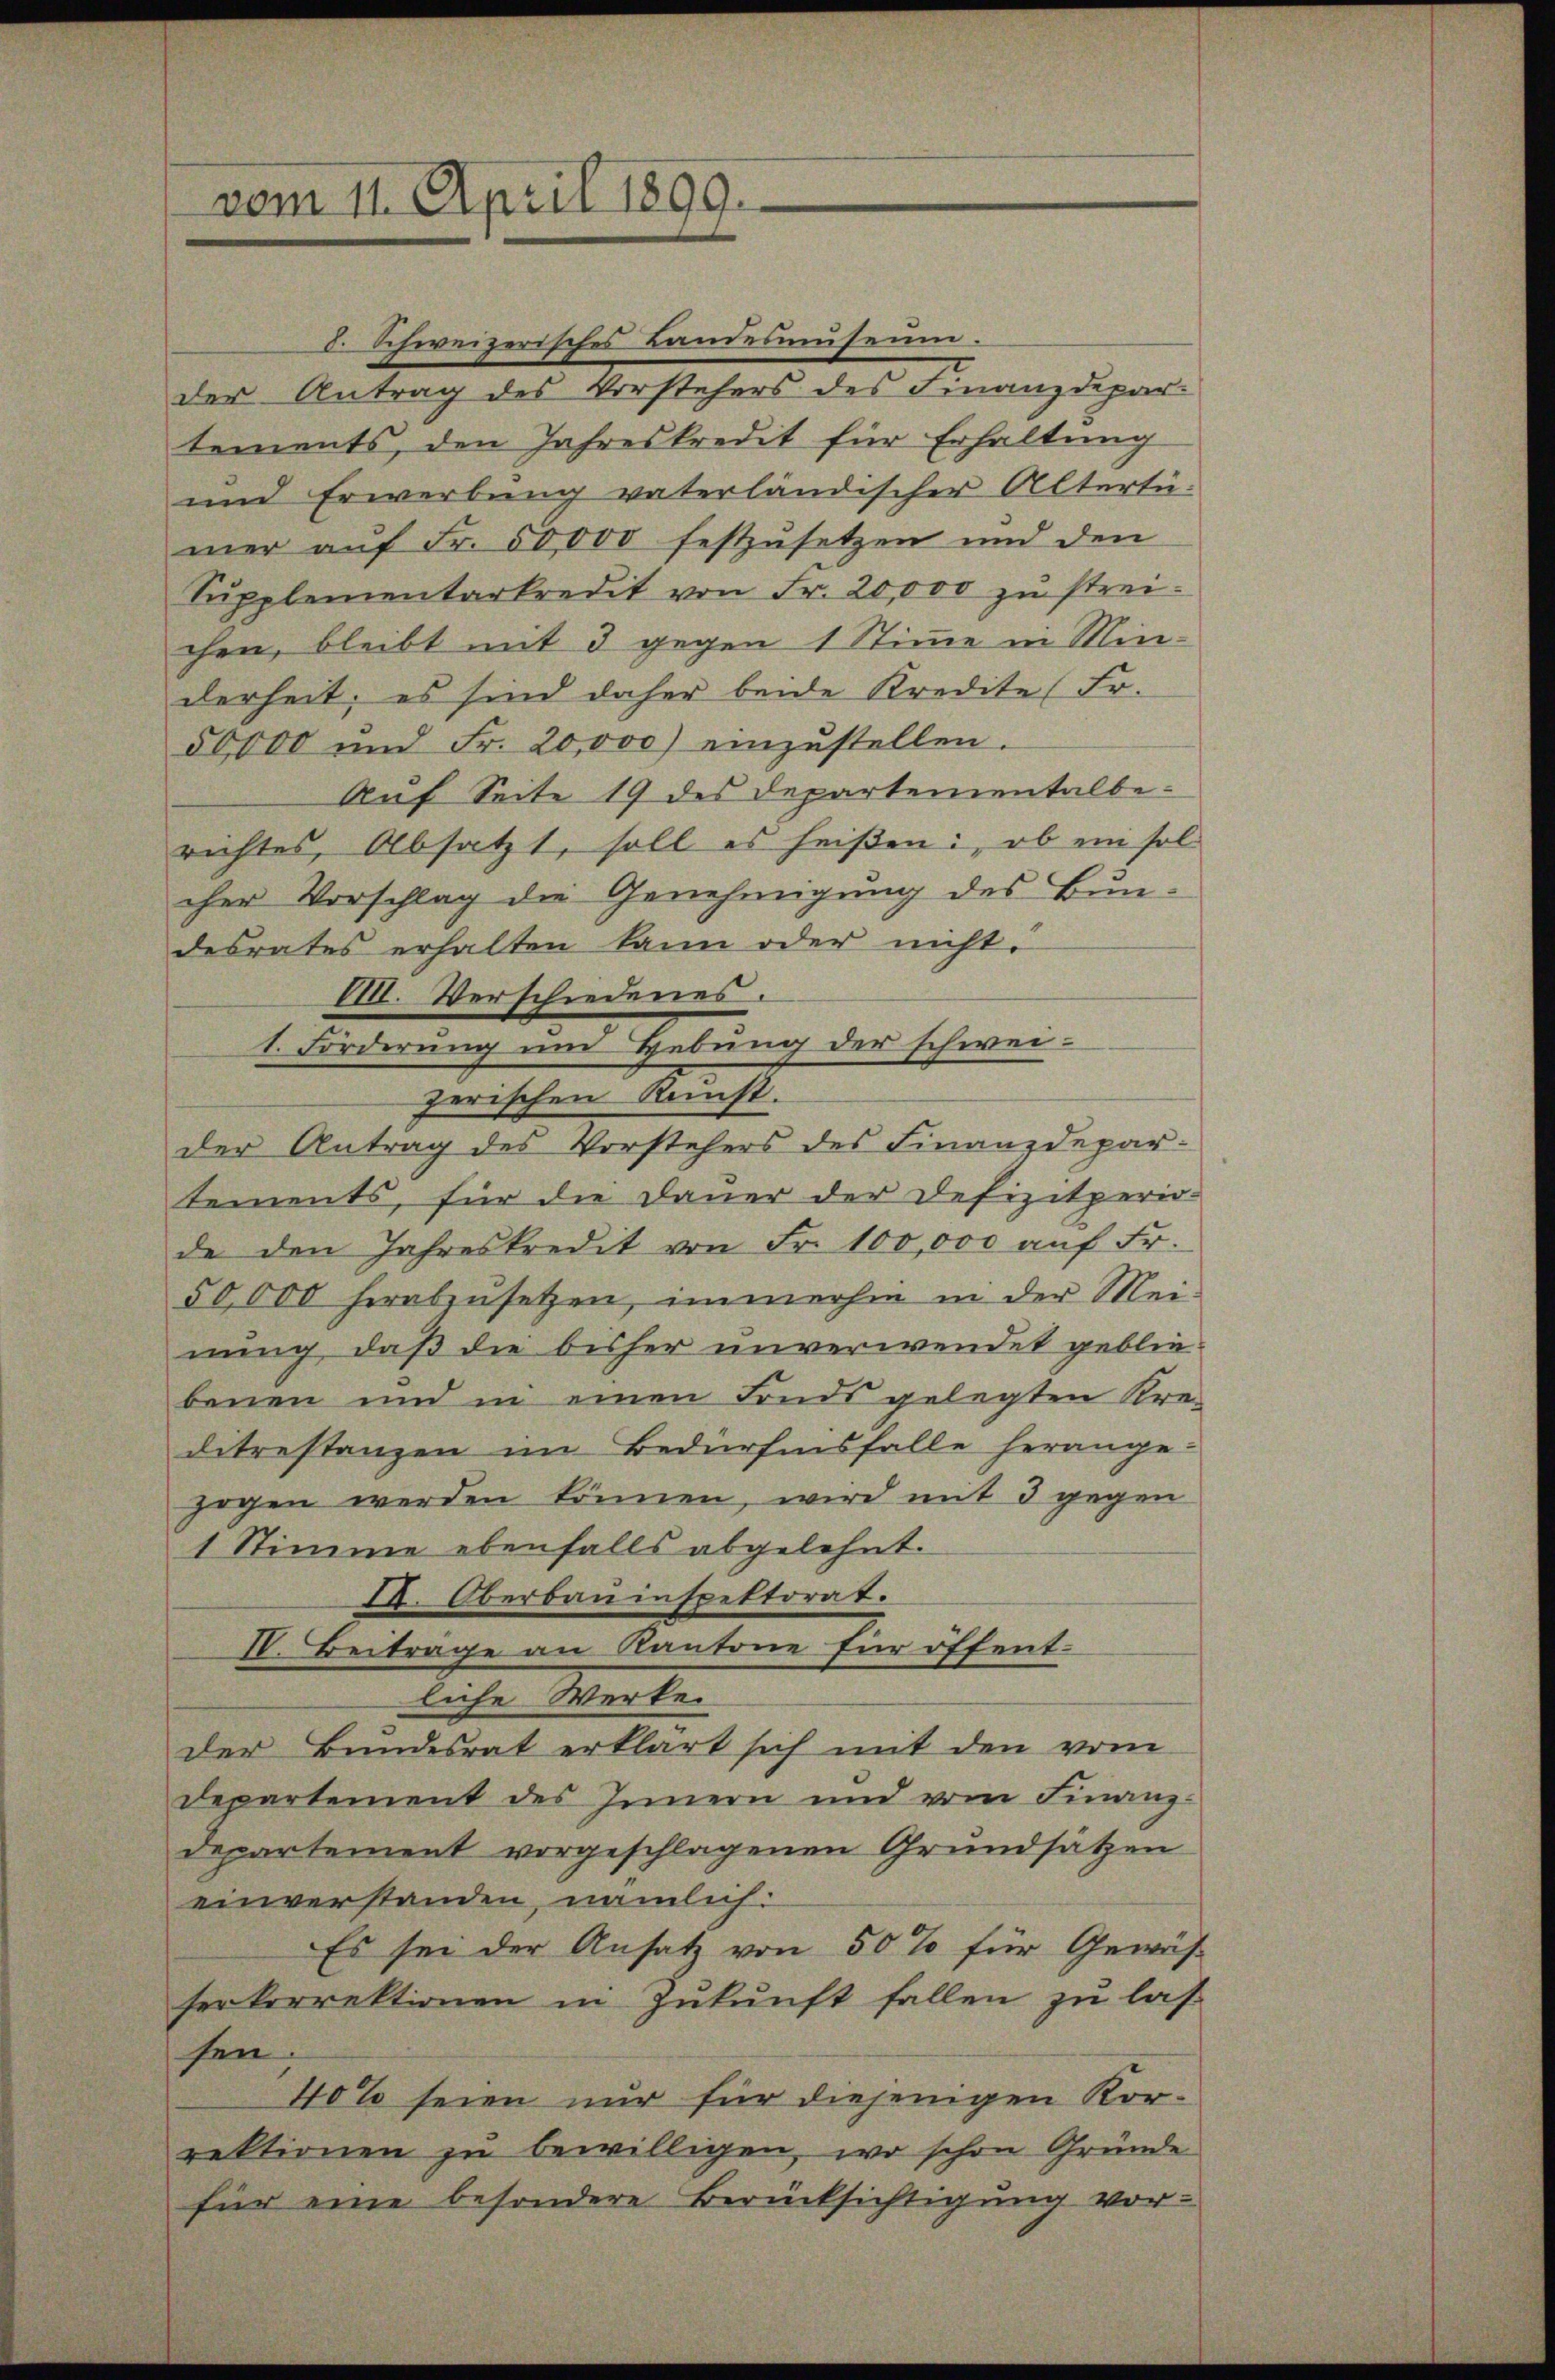
d. Schweizerisches Landesmuseum
der Antrag des Vorstehers des Finanzdepartements, den Jahreskredit für Erhaltung
und Erwerbung vaterländischer Altertü-
mer aŭf Fr. 50,000 festzusetzen und den
Sŭpplementarkredit von Fr. 20,000 zŭ strei-
chen, bleibt mit 3 gegen 1 Stimme in Minderheit; es sind daher beide Kredite (Fr.
50,000 und Fr. 20,000 einzustellen.
Auf Seite 19 des Departementalberichtes, Absatzt, soll es heißen: ob ein solcher Vorschlag die Genehmigung des Bundesrates erhalten kann oder nicht.
M. Verschiedenes.
1. Forderung und Hebung der schweizerischen Kunst.
der Antrag des Vorstehers des Finanzdepartements, für die Dauer der Defizitperio-
de den Jahreskredit von Fr. 100,000 aŭf Fr.
50,000 herabzusetzen, immerhin in der Mei-
nung, daß die bisher unverwendet gebliebenen und in einen Fonds gelegten Kre-
ditrestanzen im Bedürfnisfalle herange-
zogen werden können, wird mit 3 gegen
1 Stimme ebenfalls abgelehnt.
IV. Oberbauinspektorat.
IV. Beiträge an Kantone für öffentliche Werke.
der Bundesrat erklärt sich mit den vom
Departement des Innern und vom Finanz-
Departement vorgeschlagenen Grundsätzen
einverstanden, nämlich:
Es sei der Ansatz von 50% für Gewässer korrektionen in Zukunft fallen zu las
sen
40% seien nur für diejenigen Korrektionen zu bewilligen, wo schon Gründe
für eine besondere Berücksichtigung vor-

vom 11. April 1899.